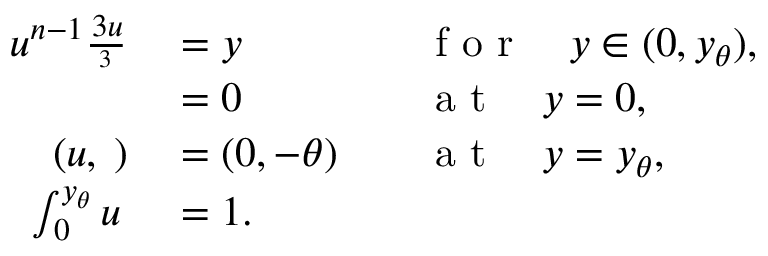
\begin{array} { r l r l } { u ^ { n - 1 } \frac { \d ^ { 3 } u } { \d y ^ { 3 } } } & { { } = y } & { } & { { } \mathrm { ~ f ~ o ~ r ~ } \quad y \in ( 0 , y _ { \theta } ) , } \\ { \frac { \d u } { \d y } } & { { } = 0 } & { } & { { } \mathrm { ~ a ~ t ~ } \quad y = 0 , } \\ { ( u , \frac { \d u } { \d y } ) } & { { } = ( 0 , - \theta ) } & { } & { { } \mathrm { ~ a ~ t ~ } \quad y = y _ { \theta } , } \\ { \int _ { 0 } ^ { y _ { \theta } } u \, \d y } & { { } = 1 . } \end{array}